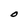
Character: O